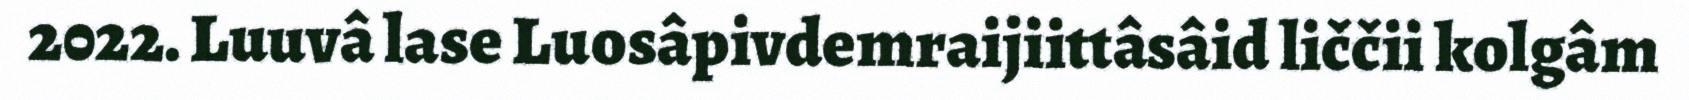
2022. Luuvâ lase Luosâpivdemraijiittâsâid liččii kolgâm